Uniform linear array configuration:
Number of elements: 32
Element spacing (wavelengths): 0.5
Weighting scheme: hann
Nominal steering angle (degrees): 15
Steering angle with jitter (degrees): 13.712
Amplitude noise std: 0.05
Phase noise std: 0.05

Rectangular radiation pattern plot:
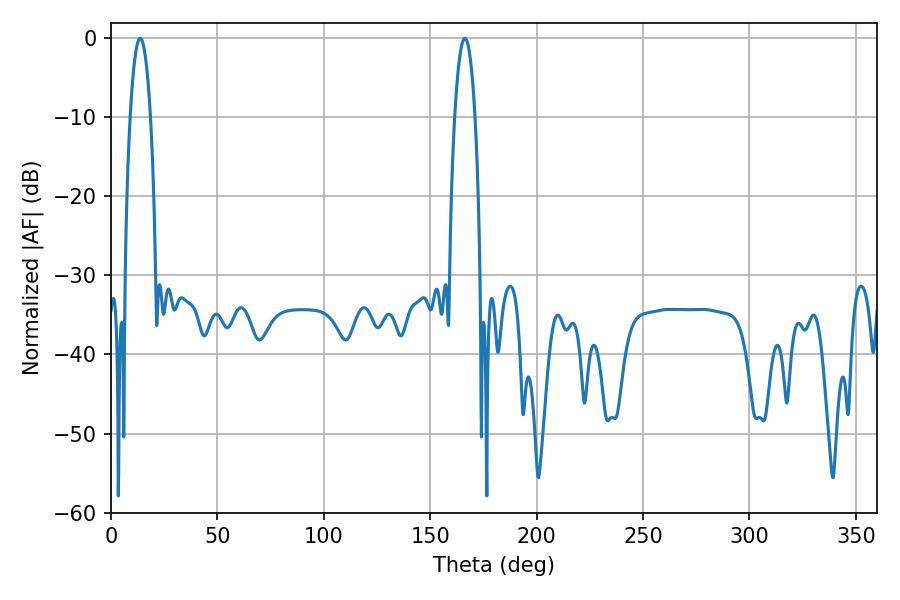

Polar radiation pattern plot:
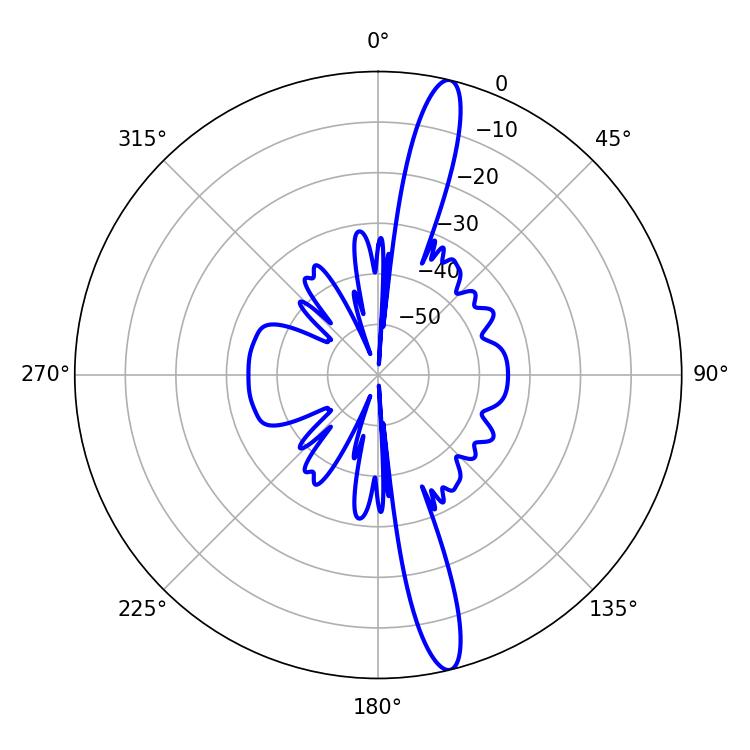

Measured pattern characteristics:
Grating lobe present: FALSE
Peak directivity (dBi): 16.252
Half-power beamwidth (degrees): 5.22
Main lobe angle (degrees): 13.68